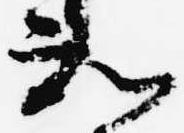
知